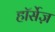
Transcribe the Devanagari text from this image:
हॉर्सेज़